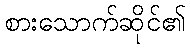
စားသောက်ဆိုင်၏